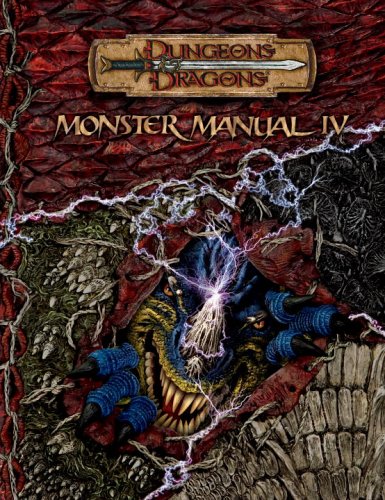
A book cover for Monster Manual IV (Dungeons & Dragons d20 3.5 Fantasy Roleplaying) (v. 4); Gwendolyn F.M. Kestrel; Science Fiction & Fantasy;